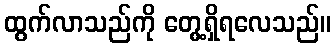
ထွက်လာသည်ကို တွေ့ရှိရလေသည်။